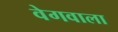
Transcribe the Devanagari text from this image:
वेगवाला